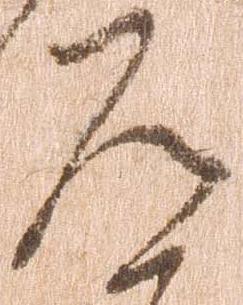
道